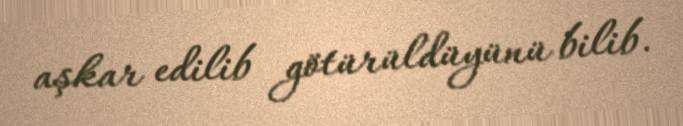
aşkar edilib götürüldüyünü bilib.